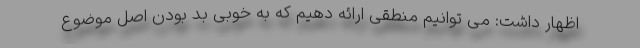
اظهار داشت: می توانیم منطقی ارائه دهیم که به خوبی بد بودن اصل موضوع